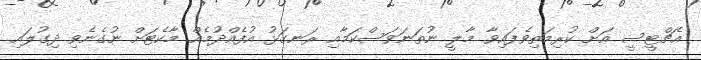
އެޗްޓީސީ އަށް ކުރިމަތިވެފައިވާ މާލީ ނުތަނަވަސްކަމާއި ރަނގަޅު އުފެއްދުމެއް މާކެޓަށް ނުގެނެވި ދިގުލައި